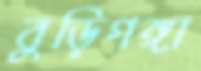
বুড়িগঙ্গা